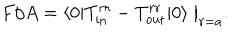
F / A = \langle 0 | T _ { \mathrm { i n } } ^ { r r } - T _ { \mathrm { o u t } } ^ { r r } | 0 \rangle \bigm | _ { r = a } .